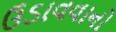
ઉડાવવાનો